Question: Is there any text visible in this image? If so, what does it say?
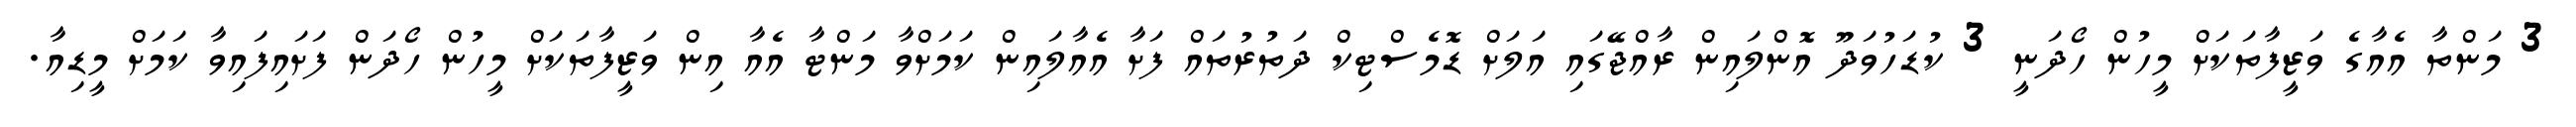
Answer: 3 މަންތާ އެއާގެ ވަޒީފާތަކަށް މީހުން ހޯދަނީ 3 ކުޑަހުވަދޫ އޮންލައިން ރާއްޖޭގައި އަލަށް ޑޮމެސްޓިކް ދަތުރުތައް ފަށާ އެއާލައިން ކަމަށްވާ މަންޓާ އެއާ އިން ވަޒީފާތަކަށް މީހުން ހޯދަން ފަށައިފައިވާ ކަމަށް މީޑިއާ.